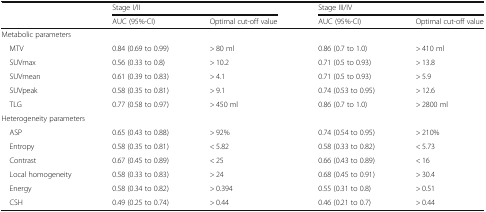
<table><thead><tr><td rowspan="2"></td><td colspan="2"><b>Stage I/II</b></td><td colspan="2"><b>Stage III/IV</b></td></tr><tr><td><b>AUC (95%-CI)</b></td><td><b>Optimal cut-off value</b></td><td><b>AUC (95%-CI)</b></td><td><b>Optimal cut-off value</b></td></tr></thead><tbody><tr><td colspan="5">Metabolic parameters</td></tr><tr><td> MTV</td><td>0.84 (0.69 to 0.99)</td><td>&gt; 80 ml</td><td>0.86 (0.7 to 1.0)</td><td>&gt; 410 ml</td></tr><tr><td> SUVmax</td><td>0.56 (0.33 to 0.8)</td><td>&gt; 10.2</td><td>0.71 (0.5 to 0.93)</td><td>&gt; 13.8</td></tr><tr><td> SUVmean</td><td>0.61 (0.39 to 0.83)</td><td>&gt; 4.1</td><td>0.71 (0.5 to 0.93)</td><td>&gt; 5.9</td></tr><tr><td> SUVpeak</td><td>0.58 (0.35 to 0.81)</td><td>&gt; 9.1</td><td>0.74 (0.53 to 0.95)</td><td>&gt; 12.6</td></tr><tr><td> TLG</td><td>0.77 (0.58 to 0.97)</td><td>&gt; 450 ml</td><td>0.86 (0.7 to 1.0)</td><td>&gt; 2800 ml</td></tr><tr><td colspan="5">Heterogeneity parameters</td></tr><tr><td> ASP</td><td>0.65 (0.43 to 0.88)</td><td>&gt; 92%</td><td>0.74 (0.54 to 0.95)</td><td>&gt; 210%</td></tr><tr><td> Entropy</td><td>0.58 (0.35 to 0.81)</td><td>&lt; 5.82</td><td>0.58 (0.33 to 0.82)</td><td>&lt; 5.73</td></tr><tr><td> Contrast</td><td>0.67 (0.45 to 0.89)</td><td>&lt; 25</td><td>0.66 (0.43 to 0.89)</td><td>&lt; 16</td></tr><tr><td> Local homogeneity</td><td>0.58 (0.33 to 0.83)</td><td>&gt; 24</td><td>0.68 (0.45 to 0.91)</td><td>&gt; 30.4</td></tr><tr><td> Energy</td><td>0.58 (0.34 to 0.82)</td><td>&gt; 0.394</td><td>0.55 (0.31 to 0.8)</td><td>&gt; 0.51</td></tr><tr><td> CSH</td><td>0.49 (0.25 to 0.74)</td><td>&gt; 0.44</td><td>0.46 (0.21 to 0.7)</td><td>&gt; 0.44</td></tr></tbody></table>